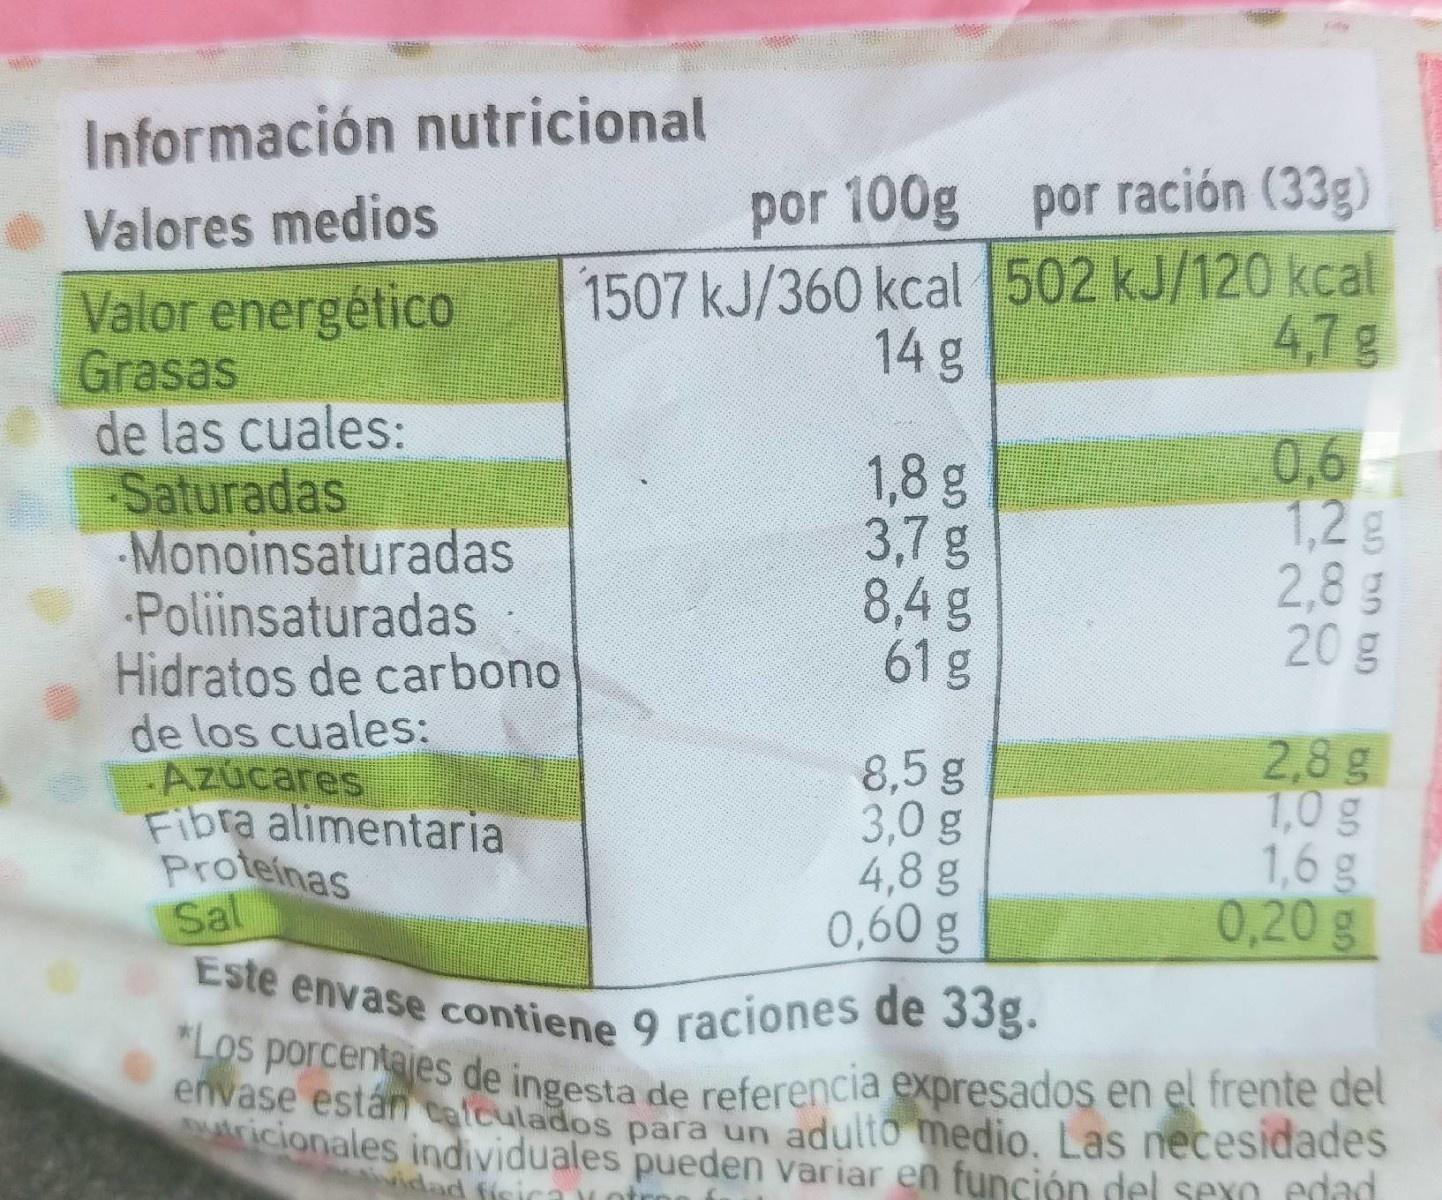
Información nutricional
por 100g por ración (33g)
Valores medios
1507 kJ/360 kcal 502 kJ/120 kcal 14g
Valor energético Grasas de las cuales: Saturadas Monoinsaturadas Poliinsaturadas Hidratos de carbono de los cuales: Azúcares Fibra alimentaria Proteinas Sal
4,7g
1,8g 3,7 g 8,4 g 61 g
0,6 1,2g 2,83 20g
8,5 g 3,0 g 4,8 g 0,60 g
2,8 g 1,0g 1,6 g 0,20 g
Este envase contiene 9 raciones de 33g.
*LOs porcentajes de ingesta de referencia expresados en el frente del
envase están catculados para un
ricionales individuales pueden variar en función del sexo edad
adulto medio. Las necesidades